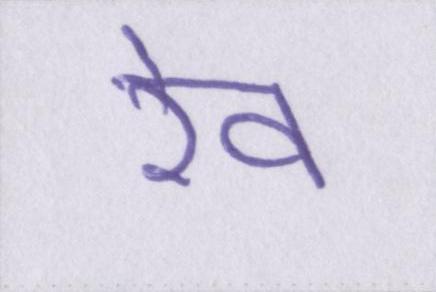
रेव